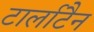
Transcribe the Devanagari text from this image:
टार्लाटैन